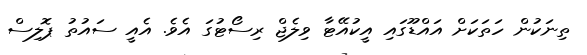
ތިނަކުން ހަތަކަށް އައްޑޫގައި އީކުއޭޓާ ވިލެޖް ރިސޯޓުގަ އެވެ. އެއީ ސައުތު ޕޮލިސް